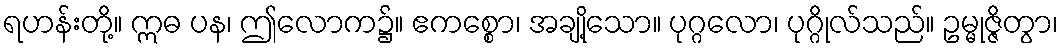
ရဟန်းတို့။ ဣဓ ပန၊ ဤလောက၌။ ဧကစ္စော၊ အချို့သော။ ပုဂ္ဂလော၊ ပုဂ္ဂိုလ်သည်။ ဥမ္မုဇ္ဇိတွာ၊